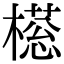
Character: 𣚜